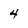
Character: 4